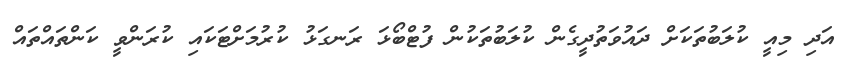
އަދި މިއީ ކުލަބުތަކަށް ދައުވަތުދީގެން ކުލަބުތަކުން ފުޓްބޯޅަ ރަނގަޅު ކުރުމަށްޓަކައި ކުރަންވީ ކަންތައްތައް